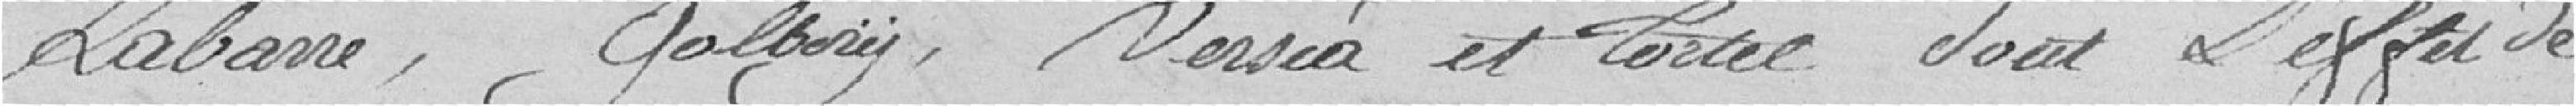
LAbarre, Golbory, Versia et Tortel sous l'effet de